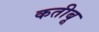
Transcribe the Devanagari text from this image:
कतीबू